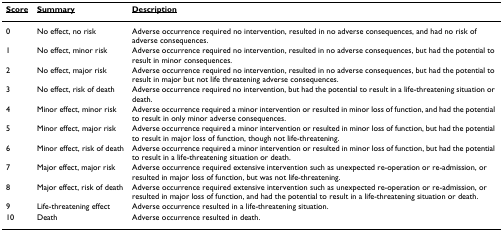
| <underline>Score</underline> | <underline>Summary</underline> | <underline>Description</underline> |
 | --- | --- | --- |
 | 0 | No effect, no risk | Adverse occurrence required no intervention, resulted in no adverse consequences, and had no risk of adverse consequences. |
 | 1 | No effect, minor risk | Adverse occurrence required no intervention, resulted in no adverse consequences, but had the potential to result in minor consequences. |
 | 2 | No effect, major risk | Adverse occurrence required no intervention, resulted in no adverse consequences, but had the potential to result in major but not life threatening adverse consequences. |
 | 3 | No effect, risk of death | Adverse occurrence required no intervention, but had the potential to result in a life-threatening situation or death. |
 | 4 | Minor effect, minor risk | Adverse occurrence required a minor intervention or resulted in minor loss of function, and had the potential to result in only minor adverse consequences. |
 | 5 | Minor effect, major risk | Adverse occurrence required a minor intervention or resulted in minor loss of function, but had the potential to result in major loss of function, though not life-threatening. |
 | 6 | Minor effect, risk of death | Adverse occurrence required a minor intervention or resulted in minor loss of function, but had the potential to result in a life-threatening situation or death. |
 | 7 | Major effect, major risk | Adverse occurrence required extensive intervention such as unexpected re-operation or re-admission, or resulted in major loss of function, but was not life-threatening. |
 | 8 | Major effect, risk of death | Adverse occurrence required extensive intervention such as unexpected re-operation or re-admission, or resulted in major loss of function, and had the potential to result in a life-threatening situation or death. |
 | 9 | Life-threatening effect | Adverse occurrence resulted in a life-threatening situation. |
 | 10 | Death | Adverse occurrence resulted in death. |